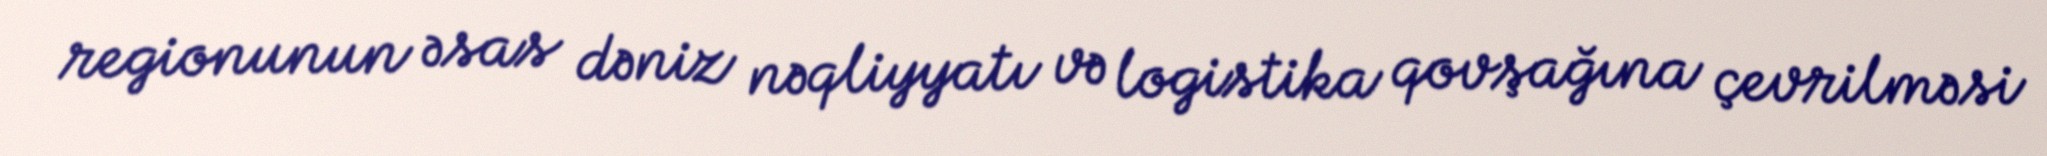
regionunun əsas dəniz nəqliyyatı və logistika qovşağına çevrilməsi